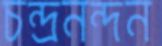
চন্দ্রনন্দন